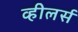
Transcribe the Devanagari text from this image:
व्हीलर्स